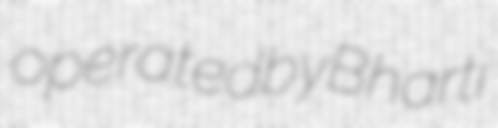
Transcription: operated by Bharti